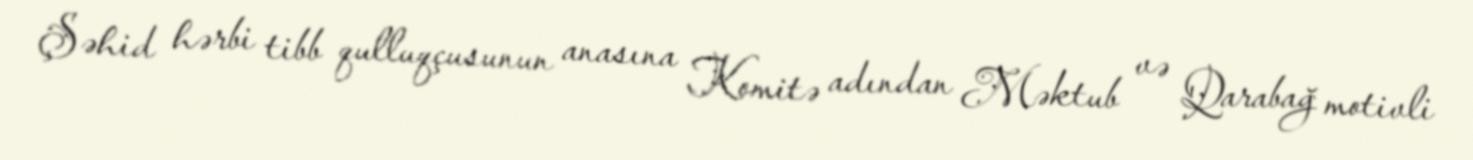
Şəhid hərbi tibb qulluqçusunun anasına Komitə adından Məktub və Qarabağ motivli